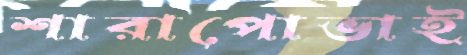
শারাপোভাই